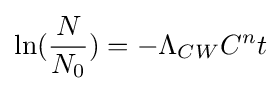
\ln({\frac {N}{N_{0}}})=-\Lambda _{CW}C^{n}t\!